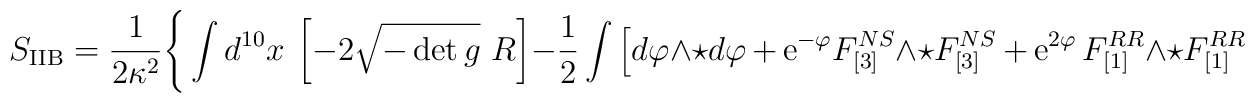
S_{\rm IIB} = \frac{1}{2 \kappa^2} \Bigg\{ \int d^{10} x~ \left[-2  \sqrt{-\det g}~ R \right] - \frac{1}{2} \int \Big[ d \varphi\wedge \star d \varphi \,+\, {\rm e}^{- \varphi} F_{[3]}^{NS}  \wedge \star F_{[3]}^{NS}\,+\, {\rm e}^{2 \varphi}\, F_{[1]}^{RR} \wedge \star F_{[1]}^{RR}